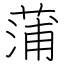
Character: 蒲